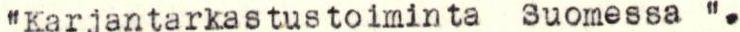
"Karjantarkastustoiminta Suomessa".